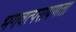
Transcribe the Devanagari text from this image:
भगवत्परायणता